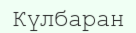
Күлбаран